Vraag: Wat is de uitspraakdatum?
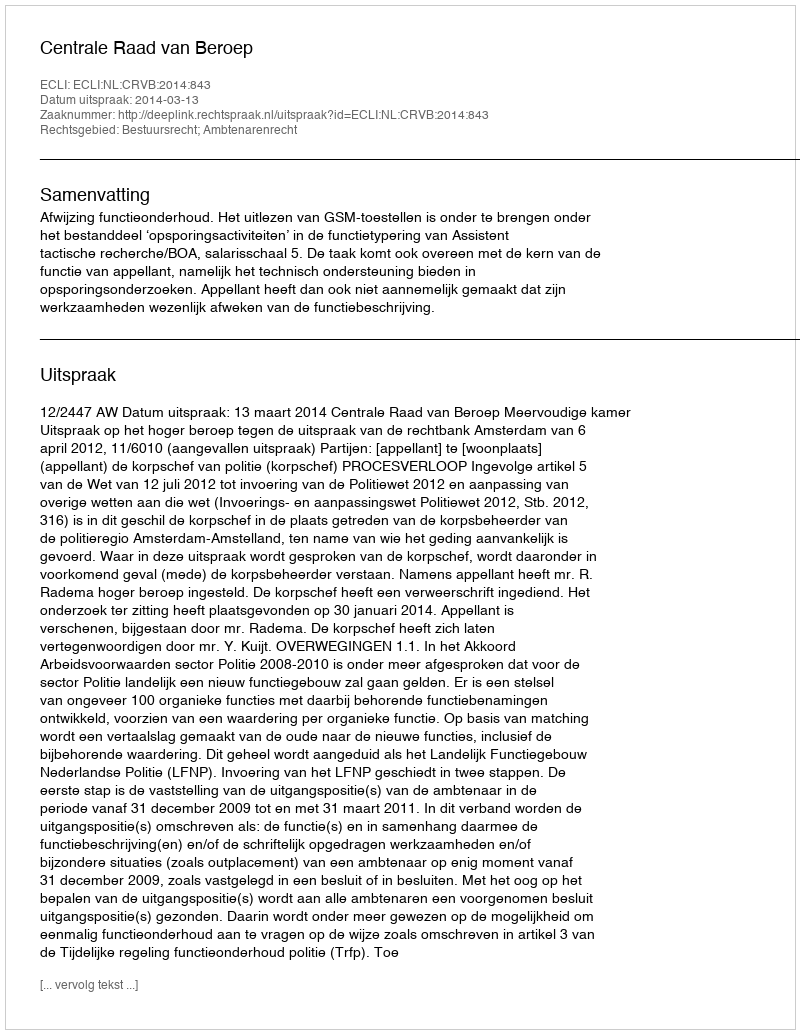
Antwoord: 2014-03-13